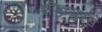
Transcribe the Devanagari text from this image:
इपिक्युरस